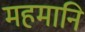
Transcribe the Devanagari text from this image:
महमानि